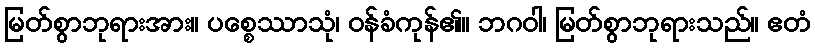
မြတ်စွာဘုရားအား။ ပစ္စေဿာသုံ၊ ဝန်ခံကုန်၏။ ဘဂဝါ၊ မြတ်စွာဘုရားသည်။ ဧတံ